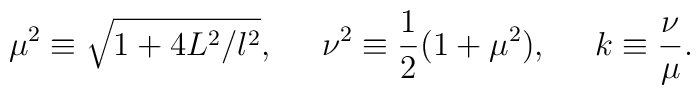
\mu^2\equiv\sqrt{1+4L^2/l^2},\;\;\;\;\;\nu^2\equiv\frac{1}{2}(1+\mu^2),\;\;\;\;\;k\equiv\frac{\nu}{\mu}.